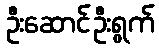
ဦးဆောင်ဦးရွက်